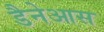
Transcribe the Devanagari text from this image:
डैनेआस